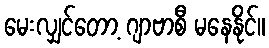
မေးလျှင်တော့ ဂျာဗာစီ မနေနိုင်။